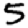
Digit: 5